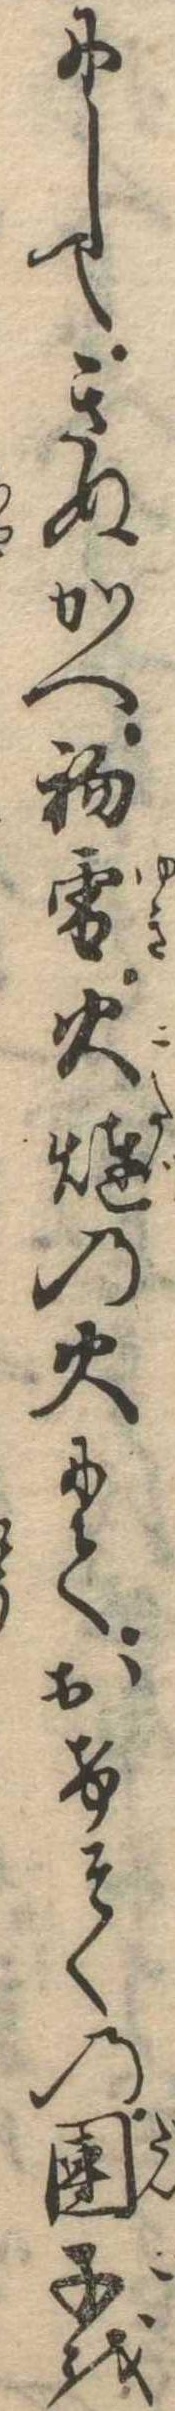
にしてきぬかへ初雪火燵の火にておけそくの団子を